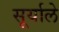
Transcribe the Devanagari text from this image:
सूर्याले